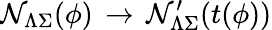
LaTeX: {\cal N}_{\Lambda\Sigma}(\phi)\, \rightarrow\, {\cal N}_{\Lambda\Sigma}^{\prime}(t(\phi))